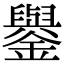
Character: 𨮖